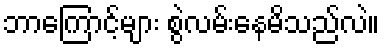
ဘာကြောင့်များ စွဲလမ်းနေမိသည်လဲ။